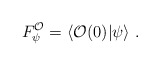
\begin{align*}F_{\psi }^{\mathcal{O}}=\left\langle \mathcal{O}(0)|\psi \right\rangle \,.\end{align*}